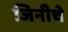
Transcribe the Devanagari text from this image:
जिनीचे